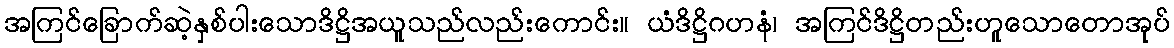
အကြင်ခြောက်ဆဲ့နှစ်ပါးသောဒိဋ္ဌိအယူသည်လည်းကောင်း။ ယံဒိဋ္ဌိဂဟနံ၊ အကြင်ဒိဋ္ဌိတည်းဟူသောတောအုပ်